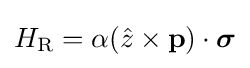
H_{\rm {R}}=\alpha ({\hat {z}}\times \mathbf {p} )\cdot {\boldsymbol {\sigma }}